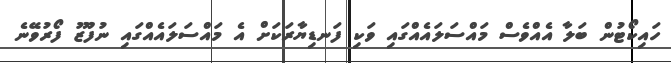
ހައިކޯޓުން ބަލާ އެއްވެސް މައްސަލައެއްގައި ވަކި ފަނޑިޔާރަކަށް އެ މައްސަލައެއްގައި ނުފޫޒު ފޯރުވޭނެ